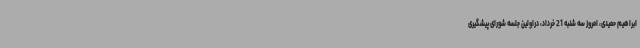
ابراهیم حمیدی، امروز سه شنبه 21 خرداد، دراولین جلسه شورای پیشگیری